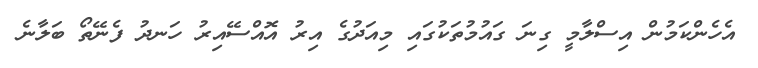
އެހެންކަމުން އިސްލާމީ ގިނަ ގައުމުތަކުގައި މިއަދުގެ އިރު އޮއްސޭއިރު ހަނދު ފެނޭތޯ ބަލާނެ